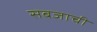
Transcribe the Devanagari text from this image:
सबजाची